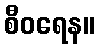
စီဝရေန။